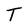
Character: T